Vital statistics of India. Vol. IV, Annual returns from 1871 to 1876. British Army of India, Native Army and jails of Bengal
Year: 1871
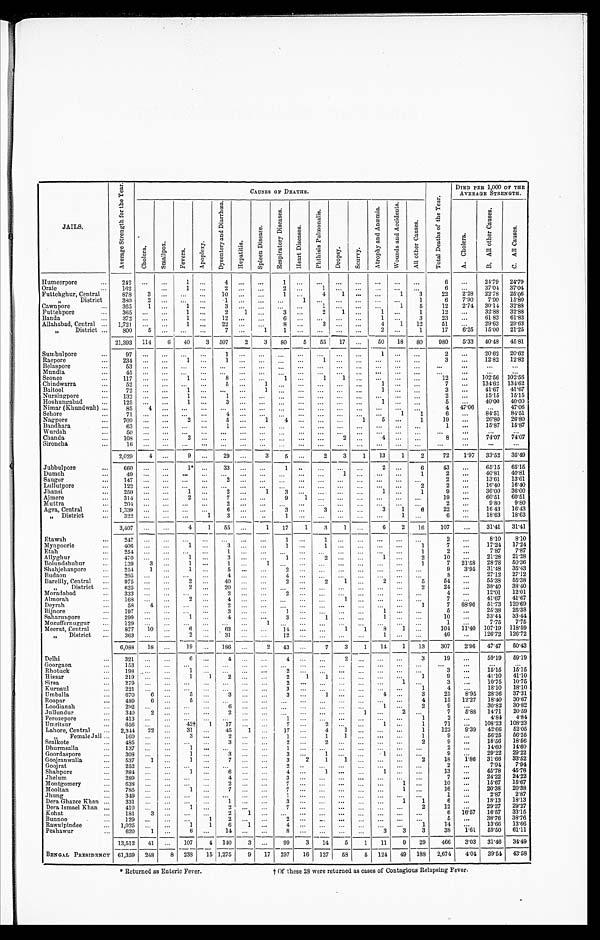
J A I L S .
A v e r a g e S t r e n g t h f o r t h e Y e a r .
C A U S E S O F D E A T H S
T o t a l D e a t h s o f t h e Y e a r .
DIED PER 1,000 OF THE
AVERAGE STRENGTH.
C h o l e r a .
S m a l l p o x .
F e v e r s .
A p o p l e x y .
D y s e n t e r y a n d
D i a r r h œ a .
H e p a t i t i s .
S p l e e n D i s e a s e .
R e s p i r a t o r y D i s e a s e s .
H e a r t D i s e a s e s .
P h t h i s i s P u l m o n a l i s .
D r o p s y .
S c u r v y .
A t r o p h y a n d A n æ m i a .
W o u n d s a n d A c c i d e n t s .
A l l o t h e r C a u s e s .
A . C h o l e r a .
B . A l l o t h e r C a u s e s .
C . A l l C a u s e s .
Humeerpore . . .
242
. . . . . .
1 . . .
4 . . . . . .
1
. . .
. . .
. . . . . .
. . .
. . .
. . .
6 . . .
24.79 24.79
Oraie . . .
162 . . .
. . .
1 . . .
2 . . .
. . .
2 . . .
1 . . . . . .
. . .
. . .
. . .
6
. . .
3 7 . 0 4 37.04
Futtehghur, Central . . .
878 3
. . .
. . . . . . 10
. . . . . .
1
. . .
4 1
. . .
. . . 1
3
22
2 . 2 8 22.78 25.'06
" District
380
2 . . .
. . .
. . .
1 . . .. . .
. . .
1
. . .
. . .
. . .
. . .
. . .
1
6
7 . 9 0
7 . 9 0
15.80
Cawnpore . . .
365
1 . . .
1
. . .
3 . . .. . .
. . .
. . .
1 . . .
. . .
. . .
1
5
1 2
2.74
3 0 . 1 4
32.88
Futtehpore . . .
365
. . . . . .
1
. . .
2
1
. . .
3
. . .
2
1
. . .
1
. . . 1
12
. . .
3 2 . 8 8
32.88
Banda . . .
372
. . .
. . .
1 . . .
1 2
. . . . . .
6
. . .
. .
. . .
. . .
1
. . .
3
2 3
. . .
6 1 . 8 3
61.83
Allahabad, Central . . . 1,721
. . .
. . .
1
. . . 22
. . .
. . .
8
. . .
3
. . .
. . .
4
1 12
5 1
.
. .
2 9 . 6 3 29.63
" District . . .
800
5
. . .
. . . . . .
7 . . .
1
1
. . .
. . .
. . .
. . .
2
. . .
1
1 7 6.25
1 5 . 0 0 21.25
21,393 114
6
40
3 507
2
3
80
5
55
17
. . .
50
18
80
980
5 . 3 3 40.48 45.81
Sumbulpore . . .
9 7 . . .
. . .
. . .
. . .
1 . . .
. . .
. . .
. . .
. . .
. . . . . .
1 . . .
. . .
2
. . . 20.62
20.62
Raepore . . .
2 3 4 . . .
. . .
1 . . .
1
. . .
. . . . . .
. . .
1 . . . . . .
. . . . . .
. . .
3
. . .
1 2 . 8 2 12.82
Belaspore . . .
53
. . . . . .
. . .
. . .
. . . . . .
. . .
. . .
. . .
. . .
. . . . . .
. . . . . .
. . .
. . .
. . .
. . .
. . .
Mundla . . .
45
. . . . . .
. . .
. . .
. . .
. . .
. . .
. . . . . .
. . .
. . .
. . .
. . .
. . .
. . .
. . .
. . .
. . .
. . .
Sconee . . .
117
. . . . . .
1 . . .
8 . . .. . .
1
. . .
1
1
. . .
. . .
. . .
. . .
1 2
. . .
1 0 2 . 5 6
102.56
Chindwarra . . .
5 2 . . . . . .
. . . . . .
5 . . .1
. . .
. . .
. . .
. . .
. . .
1
. . .
. . .
7
. . .
1 3 4 . 6 2
134.62
Baitool . . .
72
. . . . . .
1 . . .
. . . . . .
1
. . .
. . .
. . .
. . .
. . .
1 . . .
. . .
3
. . .
4 1 . 6 7
41.67
Nursingpore . . .
132
. . .
. . .
1 . . .
1 . . .
. . .
. . .
. . .
. . .
. . .
. . .
. . .
. . .
. . .
2
. . .
1 5 . 1 5
15.15
Hoshungabad . . .
125
. . .
. . .
1 . . .
3 . . .
. . .
. . .
. . .
. . .
. . .
. . .
1 . . .
. . .
5
. . .
4 0 . 0 0
40.00
Nimar (Khundwah) . . .
85
4 . . .
. . .
. . .
. . . . . .
. . .
. . .
. . .
. . .
. . .
. . .
. . .
. . .
. . .
4
47.06
. . .
47.06
Sehore . . .
7 1
. . .
. . .
. . .
. . .
4 . . .. . .
. . .
. . .
. . .
. . .
. . .
. . . . . .
1
1
6
. . .
26.80 26.80
Nagpore . . .
709
. . . . . .
2 . . .
5
. . .
1
4
. . .
. . . . . .
1
5
. . .
1
1 9
. . .
2 6 . 8 0
26.80
Bandhara . . .
63
. . . . . .
. . . . . .
1 . . .
. . .
. . . . . .
. . .
. . .
. . .
. . .
. . .
. . .
1
. . .
1 5 . 8 7 15.87
Wurdah . . .
50 . . . . . .
. . . . . .
. . .
. . .
. . .
. . . . . .
. . .
. . .
. . .
. . .
. . .
. . .
. . .
. . .
. . .
. . .
Chanda . . ..
108
. . . . . .
2 . . .
. . .
. . .
. . .
. . .
. . . . . . 2
. . .
4 . . .
. . .
8
. . .
7 4 . 0 7
74.07
Sironcha . . .
. . .
. . .
. . .
. . .
. . .
. . . . . .. . .
. . .
. . .
. . . . . . . . .
. . . . . .
. . .
. . .
. . .
. . .
. . .
2,029 4
. . .
9 . . .
29
. . .
3
5
. . . 2
3
1
13
1
2
72
1.97 33'52 35'49
Jubbulpore . . .
660
. . .
. . .
1*
. . .
33
. . .
. . . 1
. . .
. . .
. . .
. . . 2 . . .
6
43
. . . 65.15 65.15
Dumoh . . .
49
. . .
. . .
. . .
. . . . . .
. . .
. . .
. . . . . .
. . .
1
. . .
. . .
. . .
1
2
. . .
4 0 . 8 1
4 0 . 8 1
Saugor . . .
1 4 7
. . . . . .
. . .
. . .
2
. . .
. . .
. . .
. . .
. . .
. . .
. . .
. . . . . .
. . .
2
. . . 16.40
16.40
Lullutpor . . .
1 2 2
. . . . . .
. . .
. . .
. . .
. . .
. . .
. . .
. . . . . . . . .
. . .
. . .
. . .
2
2
. . .
1 6 . 4 0
1 6 . 4 0
Jhansi . . .
250
. . .
. . .
1
. . .
2
. . .
1
3
. . .
. . . . . .
. . .
1 . . .
1
9
. . .
3 6 . 0 0
3 6 . 0 0
Ajmere . . .
314
. . . . . .
2
. . .
7
. . .
. . . 9
1
. . .
. . .
. . .
. . .
. . .
. . .
1 9
. . .
6 0 . 5 1
6 0 . 5 1
Muttra . . .
2 0 4
. . . . . .
. . .
. . .
2
. . .
. . .
. . .
. . .
. . . . . .
. . . . . . . . .
. . .
2
. . .
9 . 8 0
9 . 8 0
Agra, Central . . .
1,339
. . . . . .
. . .
. . .
6
. . .
. . .
3
. . .
3 . . .
. . .
3
1
6
22
. . .
1 6 . 4 3
1 6 . 4 3
" District
3 2 2
. . . . . .
. . .
1
3
. . .
. . .
1
. . .
. . . . . .
. . .
. . . 1
. . .
6
. . .
1 8 . 6 3
1 8 . 6 3
3,407
. . .
. . .
4
1
55
. . .
1
17
1
3
1
. . .
6
2
16
107
. . . 31.41
31.41
Etawah . . .
247
. . .
. . . . . .
. . .
. . .
. . .
. . .
1
. . .
1
. . .
. . .
. . .
. . .
. . .
2
. . .
8.10
8.10
Mynpoorie . . .
406
. . .
. . .
1
. . .
3
. . .
. . .
1
. . .
1 . . .
. . .
. . . . . .
1
7
. . .
1 7 . 2 4
1 7 . 2 4
Etah . . .
254
. . .
. . .
. . .
. . .
1
. . .
. . .
. . .
. . .
. . .
. . .
. . .
. . .
. . .
1
2
. . .
7 . 8 7
7 . 8 7
Allyghur . . .
470
. . .
. . .
1
. . .
3
. . .
. . .
1
. . .
2 . . .
. . .
1
. . .
2
1 0
. . .
21.28
2 1 . 2 8
Bolundshuhur . . .
139
3
. . .
1
. . .
1
. . .
1
. . .
. . .
. . . . . .
. . .
. . .
. . .
1
7
2 1 . 5 8
2 8 . 7 8
5 0 . 3 6
Shahjehanpore . . .
254
1
. . .
1
. . .
5
. . .
. . .
2
. . .
. . .
. . .
. . . . . . . . .
. . .
9
3.95
3 1 . 4 8
3 5 . 4 3
Budaon . . .
295
. . .
. . .
. . .
. . .
4
. . .
. . .
4
. . . . . .
. . .
. . .
. . .
. . .
. . .
8
. . .
2 7 . 1 2
2 7 . 1 2
Bareilly, Central . . .
975
. . .
. . .
2 . . .
4 0
. . .
. . .
2
. . .
2
1
. . .
2 . . .
5
54
. . .
5 5 . 3 8
5 5 . 3 8
" D i s t r i c t . . .
625
. . .
. . .
2
. . .
2 0
. . .
. . .
. . .
. . .
. . .
. . .
. . .
. . .
. . .
2
24
. . .
3 8 . 4 0
3 8 . 4 0
Moradabad . . .
333
. . .
. . .
. . .
. . .
2
. . .
. . .
2
. . .
. . .
. . .
. . .
. . .
. . .
. . .
4
. . .
1 2 . 0 1
1 2 . 0 1
Almorah . . .
168
. . .
. . .
2
. . .
4
. . .
. . .
. . .
. . .
. . . 1
. . . . . . . . .
. . .
7
. . .
4 1 . 6 7
4 1 . 6 7
Deyrah . . .
58
4
. . .
. . .
. . .
2
. . .
. . .
. . .
. . .
. . .
. . .
. . .
. . .
. . .
1
7
68.96
5 1 . 7 3
1 2 0 . 6 9
Bijnore . . .
197
. . .
. . .
. . . . . .
3
. . .
. . .
1
. . .
. . .
. . .
. . .
1
. . .
. . .
5
. . .
2 5 . 3 8
2 5 . 3 8
Saharunpore . . .
299
. . .
. . .
1 . . .
4
. . .
. . .
3
. . .
1 . . .
. . .
1
. . .
. . .
1 0
. . .
3 3 . 4 4
3 3 . 4 4
Mozuffernuggur . . .
1 2 9
. . .
. . .
. . .
. . .
. . .
. . .
. . .
1
. . .
. . .
. . .
. . . . . .
. . .
. . .
1
. . .
7 . 7 5
7 . 7 5
Meerut, Central . . .
877
10
. . .
6
. . .
63
. . .
. . .
1 4
. . .
. . .
1
1
8
1
. . . 104
11.40 107.19
1 1 8 . 5 9
" District . . .
363
. . .
. . .
2
. . .
31
. . .
. . .
1 2
. . .
. . .
. . .
. . .
1
. . .
. . .
46
. . .
1 2 6 . 7 2
1 2 6 . 7 2
6,088
18
. . . 19
. . .
186
2
43
. . .
7
3
1
14
1
13
307
2.96
47.47 50.43
Delhi . . .
321 . . . . . .
6
. . .
4
. . .
. . .
4 . . .
. . .
2
. . .
. . . . . .
3
19
. . .
59.19 59.19
Goorgaon . . .
1 5 3
. . . . . .
. . .
. . .
. . .
. . .
. . .
. . .
. . .
. . .
. . .
. . .
. . . . . .
. . . . . .
. . .
. . .
. . .
Rhotuck . . .
198 . . . . . .
1
. . .
. . .
. . .
. . .
2
. . .
. . .
. . .
. . .
. . .
. . .
. . .
3
. . .
1 5 . 1 5
1 5 . 1 5
Hissar . . .
219
. . .
. . .
1
1
2
. . .
. . .
2
1
1 . . .
. . .
. . .
. . .
1
9
. . .
4 1 . 1 0
4 1 . 1 0
Sirsa . . .
279
. . . . . .
. . .
. . . . . .
. . .
. . .
2 . . .
. . .
. . .
. . .
. . . 1
. . .
3
. . .
10.75
1 0 . 7 5
Kurnaul . . .
221
. . .. . .
. . .
. . .
. . .
. . .
. . .
3 . . .
. . .
. . .
. . .
. . . . . .
1
4
.
. .
18'10
1 8 . 1 0
Umballa . . .
670
6 . . .
5
. . . 3
. . .
. . .
3 . . .
1 . . .
. . .
4
. . .
3
25
8.95
28.36 37.31
Roopar . . .
489
6 . . .
5
. . .
. . .
. . .
. . .
. . .
. . .
. . .
. . .
. . .
. . . . . .
4
1 5
12.27
1 8 . 4 0
1 8 . 4 0
Loodianah . . .
292
. . .
. . .
. . .
. . .
6
. . . . . .
. . . . . .
. . .
. . .
. . .
1
. . .
2
9
. . .
3 0 . 8 2
3 0 . 8 2
Jullundur . . .
340
2 . . .
. . .
. . .
2
. . . . . .
. . .
. . .
. . .
. . .
1
. . .
2
. . .
7 5.88
1 4 . 7 1
2 0 . 5 9
Ferozepore . . .
413
. . .. . .
. . . . . .
. . .
. . .
. . .
1
. . .
. . .
. . .
. . .
. . .
. . .
1
2 . . .
4 . 8 4
4 . 8 4
Uniritsur . . .
656
. . .. . .
42†
1
17
. . .
. . .
7
. . .
2
. . .
. . .
1
. . .
1
7 1
. . .
1 0 8 . 2 3
1 0 8 . 2 3
Lahore, Central . . .
2,344
22
. . .
31
. . . 45
1 . . . 17
. . .
4
1
. . .
. . .
. . .
1
1 2 2 9.39
4 2 . 6 6
5 2 . 0 5
" Female Jail . . ..
160
. . . . . .
3
. . .
2
. . . . . .
1
. . .
1
1
. . .
. . .
. . . 1
9 . . .
56.25
5 6 . 2 5
Sealkote . . .
4 8 5 . . .. . .
. . .
. . .
3
. . . . . .
2
. . .
2
. . . . . .
. . .
. . .
2
9 . . .
18.56 18.56
Dhurmsalla . . .
137
. . .
. . .
1
. . .
. . .
. . . . . .
1
. . .
. . .
. . .
. . .
. . .
. . .
. . .
2
. . .
1 4 . 6 0
1 4 . 6 0
Goordaspore . . .
308
. . .
. . .
1
. . .
3
. . . . . .
3
. . .
1
. . .
. . .
1
. . .
. . .
9
. . .
2 9 . 2 2
2 9 . 2 2
Goojranwalla . . .
537
1
. . .
1
. . .
7
. . . . . .
3
2
1
1
. . .
. . .
. . .
2
1 8 1.86
3 1 . 6 6
3 3 . 5 2
Goojrat . . .
2 5 2
. . . . . .
. . .
. . .
. . .
. . .
. . .
2 . . .
. . .
. . .
. . .
. . .
. . .
. . .
2
. . .
7 . 9 4
7 . 9 4
Shahpore . . .
284
. . .
. . .
1
. . .
6
. . . . . .
4 . . .
1 . . .
. . .
1
. . .
. . .
1 3
. . .
4 5 . 7 8
4 5 . 7 8
Jhelum . . .
289
. . .. . .
. . .
. . .
4
. . . . . .
3 . . .
. . . . . .
. . .
. . .
. . .
. . .
7 . . .
2 4 . 2 2
2 4 . 2 2
Montgomery . . .
638 . . .. . .
. . .
. . .
2
. . .
. . .
7 . . .
. . .
. . .
. . .
. . .
1 . . .
10
. . .
1 5 . 6 7
1 5 . 6 7
Mooltan . . .
785
. . .
. . .
1
. . .
7
. . .
. . .
7 . . .
. . .
. . .
. . .
. . .
1
. . .
1 6
. . .
2 0 . 3 8
2 0 . 3 8
Jhung . . .
3.49
. . . . . .
. . .
. . .
. . .
. . .
. . .
1 . . .
. . .
. . .
. . .
. . .
. . .
. . .
1
. . .
2 . 8 7
2 . 8 7
Dera Ghazce Khan . . .
331
. . . . . .
. . .
. . .
1
. . . . . .
3 . . .
. . .
. . .
. . .
. . .
1
1
6
. . .
1 8 . 1 3
1 8 . 1 3
Dera Ismael Khan . . .
410 . . .
. . .
1
. . .
2
. . . . . .
7 . . .
. . .
. . .
. . .
. . .
. . .
2
1 2
. . .
2 9 . 2 7
2 9 . 2 7
Kohat . . .
181
3 . . .
. . .
. . .
2
1 . . .
. . .
. . .
. . .
. . .
. . .
. . .
. . .
. . .
6
16.57
1 6 . 5 7
3 3 . 1 5
Bunnoo . . .
129
. . .. . .
. . .
1
2
. . . . . .
2 . . .
. . .
. . .
. . .
. . .
. . .
. . .
5
. . .
3 8 . 7 6
3 8 . 7 6
Rawulpindee . . .
1,025
. . .
. . .
1
1
6
1 . . .
4 . . .
. . .
. . .
. . .
. . .
. . .
1
1 4
. . .
1 3 . 6 6
1 3 . 6 6
Peshawar . . .
620
1 . . .
6
. . .
1 4
. . . . . .
8 . . .
. . .
. . .
. . .
3
3
3
3 8 1.61
5 9 . 5 0
6 1 . 1 1
13,512
41
. . .
107
4 140
3 . . . 90
3
14
5
1
11
9
29
466
3.03
31.46 34.49
BENGAL PRESIDENCY 61,359 248
8 238
15 1,275
9
17 297
16 127
5 8
5 124 49 188 2,674
4.04 39.54 43.58
• Returned as Enteric Fever.
t Of these 28 were returned as cases of Contagious Relapsing Fever.